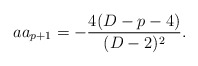
\begin{align*}aa_{p+1}=-{{4(D-p-4)}\over{(D-2)^2}}.\end{align*}